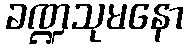
ခဏ္ဍသုမနော